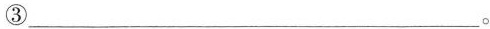
③___。